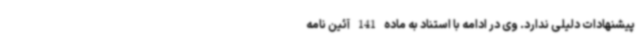
پیشنهادات دلیلی ندارد. وی در ادامه با استناد به ماده 141 آئین نامه